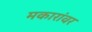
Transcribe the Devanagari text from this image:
मकारांवर